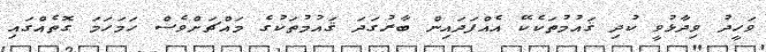
ވަހީދު ވިދާޅުވީ ކުދި ޤައުމުތަކެކޭ އެއްފަދައިން ބާރުގަދަ ޤައުމުތަކުގެ މައްޗަށްވެސް ހަމަހަމަ ގޮތެއްގައި